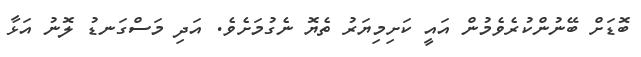
ބޮޑަށް ބޭނުންކުރެވެމުން އައީ ކަށިމިޔަރު ތެޔޮ ނެގުމަށެވެ. އަދި މަސްގަނޑު ލޮނު އަޅާ